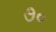
૭૦